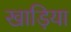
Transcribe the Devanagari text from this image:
खाड़िया